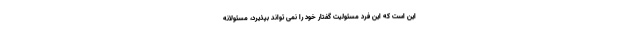
این است که این فرد مسئولیت گفتار خود را نمی تواند بپذیرد، مسئولانه